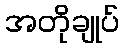
အတိုချုပ်